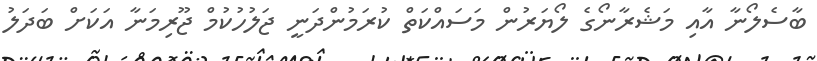
ބާސެލޯނާ އާއި މަޝެރާނޯގެ ލޯޔަރުން މަސައްކަތް ކުރަމުންދަނީ ޖަލުހުކުމް ޖޫރިމަނާ އަކަށް ބަދަލު